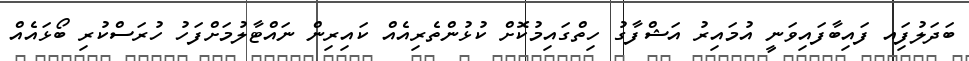
ބަދަލުފަިއ ފައިބާފައިވަނީ އުމައިރު އަޝްފާގު ހިތްގައިމުކޮށް ކުޅުންތެރިއެއް ކައިރިން ނައްޓާލުމަށްފަހު ހުރަސްކުރި ބޯޅައެއް